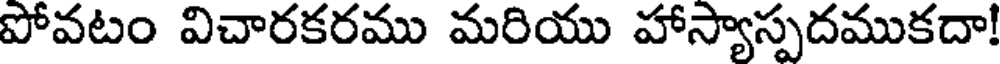
పోవటం విచారకరము మరియు హాస్యాస్పదముకదా!